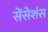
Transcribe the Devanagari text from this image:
सेंसेशंस